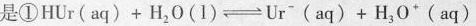
是①$$ HUr(aq) + H_{2}O(1) \rightleftharpoons Ur^{-}(aq) + H_{3}0^{+}(aq) $$